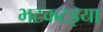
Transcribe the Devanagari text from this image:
भटकटइया